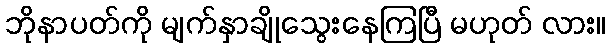
ဘိုနာပတ်ကို မျက်နှာချိုသွေးနေကြပြီ မဟုတ် လား။